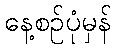
နေ့စဉ်ပုံမှန်